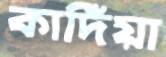
কাদিঁয়া